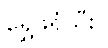
ရွှေဖရုံသီး။